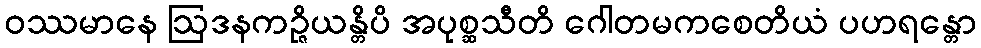
ဝဿမာနေ ဩဒနကဉ္ဇိယန္တိပိ အပုစ္ဆသီတိ ဂေါတမကစေတိယံ ပဟရန္တော